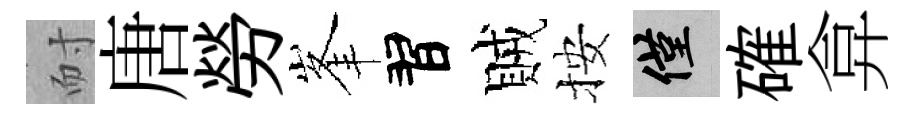
耐唐勞峯習賊按僅確弇